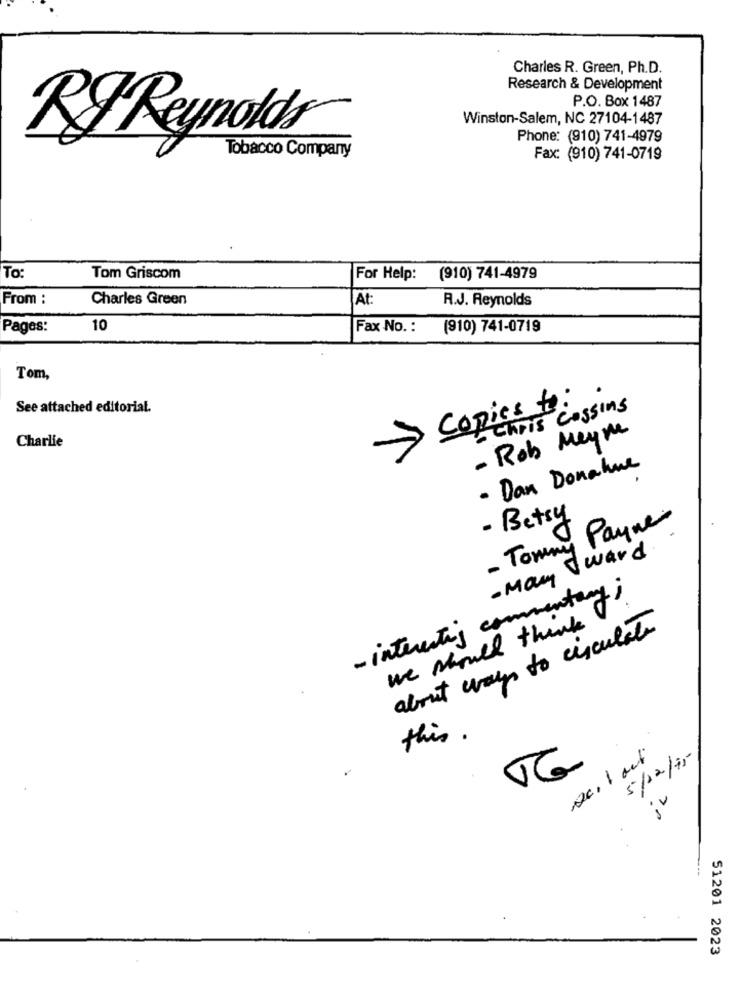
Charles R. Green, Ph.D.
Research & Development
P.O. Box 1487
Winston-Salem, NC 27104-1487
RFReynolds
Phone: (910) 741-4979
Tobacco Company
Fax: (910) 741-0719
To:
Tom Griscom
For Help:
(910) 741-4979
From:
Charles Green
At:
R.J. Reynolds
Pages:
10
Fax No. :
(910) 741-0719
Tom,
See attached editorial.
Copies to:
Chris Cassins
- Rob Meyme
Charlie
- Dan Donahue
- Betsy
- Tommy Payne
- May ward
- interesting commentary;
we would think
about ways to circulate
this .
5/12/15
78
51201 2023